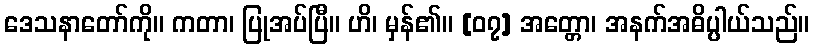
ဒေသနာတော်ကို။ ကတာ၊ ပြုအပ်ပြီ။ ဟိ၊ မှန်၏။ [၀၇] အတ္တော၊ အနက်အဓိပ္ပါယ်သည်။